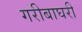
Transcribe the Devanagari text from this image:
गरीबाघरी